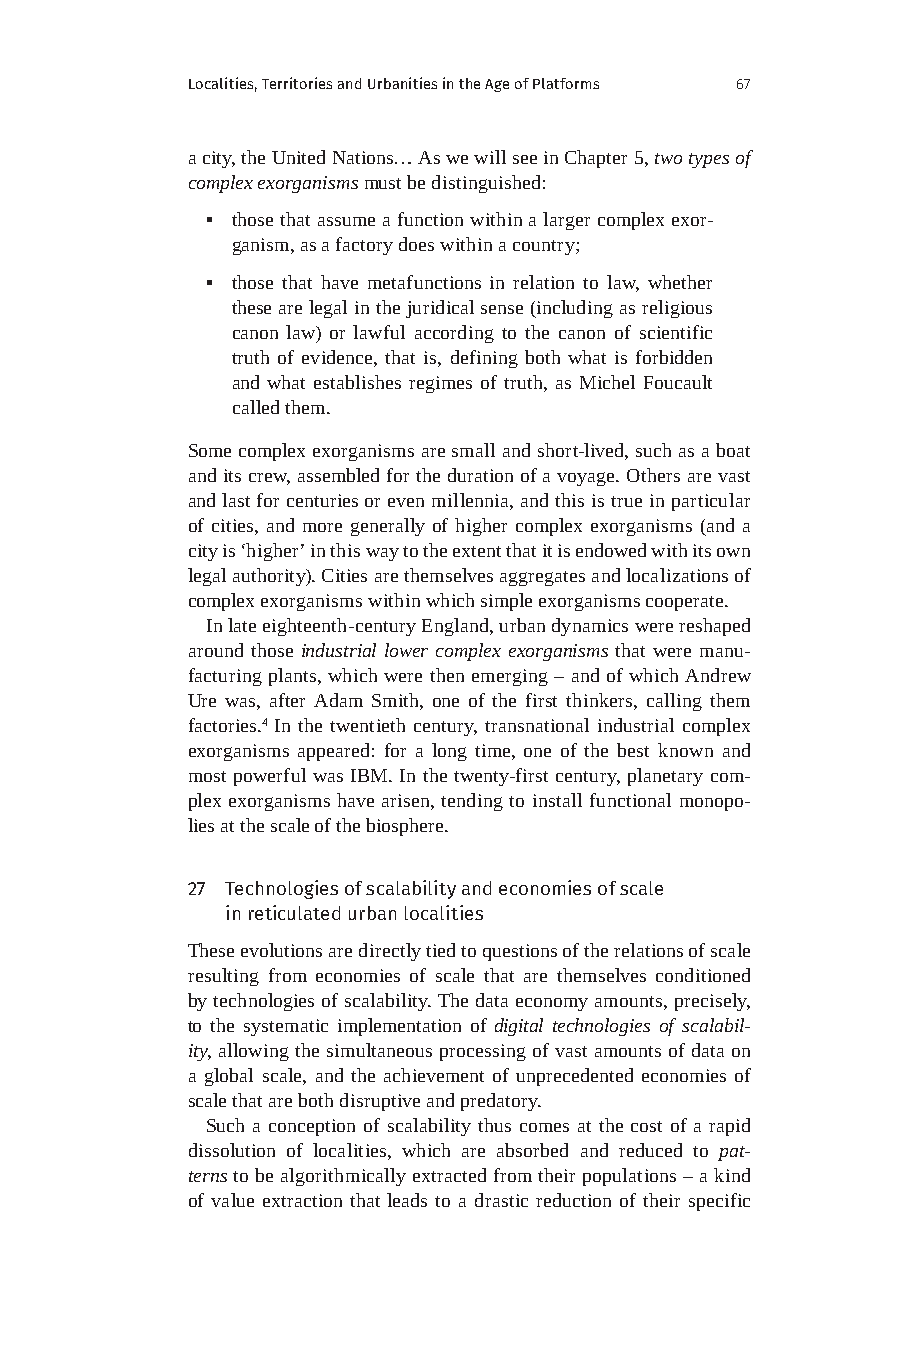
Localities, Territories and Urbanities in the Age of Platforms 67
 a city, the United Nations… As we will see in Chapter 5, two types of
 complex exorganisms must be distinguished:
 ▪ those that assume a function within a larger complex exor-
 ganism, as a factory does within a country;
 ▪ those that have metafunctions in relation to law, whether
 these are legal in the juridical sense (including as religious
 canon law) or lawful according to the canon of scientific
 truth of evidence, that is, defining both what is forbidden
 and what establishes regimes of truth, as Michel Foucault
 called them.
 Some complex exorganisms are small and short-lived, such as a boat
 and its crew, assembled for the duration of a voyage. Others are vast
 and last for centuries or even millennia, and this is true in particular
 of cities, and more generally of higher complex exorganisms (and a
 city is ‘higher’ in this way to the extent that it is endowed with its own
 legal authority). Cities are themselves aggregates and localizations of
 complex exorganisms within which simple exorganisms cooperate.
 In late eighteenth-century England, urban dynamics were reshaped
 around those industrial lower complex exorganisms that were manu-
 facturing plants, which were then emerging – and of which Andrew
 Ure was, after Adam Smith, one of the first thinkers, calling them
 factories.4 In the twentieth century, transnational industrial complex
 exorganisms appeared: for a long time, one of the best known and
 most powerful was IBM. In the twenty-first century, planetary com-
 plex exorganisms have arisen, tending to install functional monopo-
 lies at the scale of the biosphere.
 27 Technologies of scalability and economies of scale
 in reticulated urban localities
 These evolutions are directly tied to questions of the relations of scale
 resulting from economies of scale that are themselves conditioned
 by technologies of scalability. The data economy amounts, precisely,
 to the systematic implementation of digital technologies of scalabil-
 ity, allowing the simultaneous processing of vast amounts of data on
 a global scale, and the achievement of unprecedented economies of
 scale that are both disruptive and predatory.
 Such a conception of scalability thus comes at the cost of a rapid
 dissolution of localities, which are absorbed and reduced to pat-
 terns to be algorithmically extracted from their populations – a kind
 of value extraction that leads to a drastic reduction of their specific